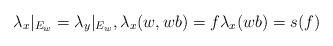
LaTeX: \begin{align*}\lambda_x|_{E_w} =\lambda_y|_{E_w}, \lambda_x(w, wb)=f \lambda_x(wb)=s(f)\end{align*}